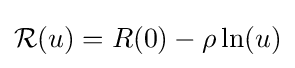
{\mathcal {R}}(u)=R(0)-\rho \ln(u)